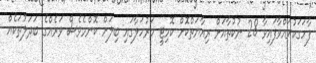
ފާހަގަކުރައްވާފައިވާ 28 ނުކުތާއަށް ރިއާޔަތްކޮށް ކޮމިޓީ މަރުހަލާގައި ބިލަށް ކޮންމެވެސް ވަރެއްގެ ބަދަލުތަކެއް